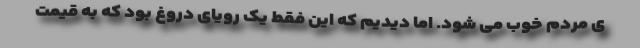
ی مردم خوب می شود. اما دیدیم که این فقط یک رویای دروغ بود که به قیمت